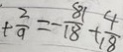
+ \frac { 2 } { 9 } = - \frac { 8 1 } { 1 8 } + \frac { 4 } { 1 8 }